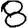
Digit: 8